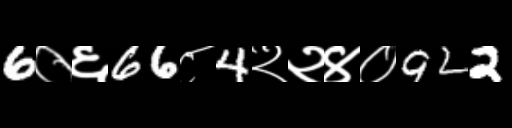
Text: 6०६66८4२२४०922